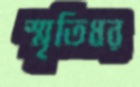
স্মৃতিধর